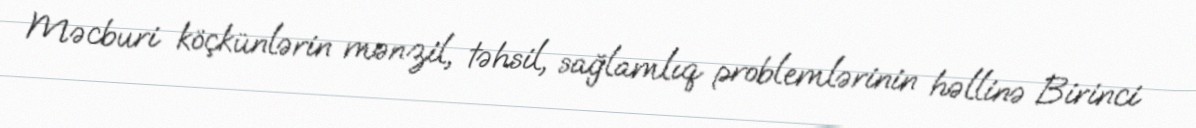
Məcburi köçkünlərin mənzil, təhsil, sağlamlıq problemlərinin həllinə Birinci